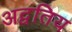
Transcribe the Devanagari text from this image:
अद्वतिय